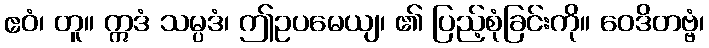
ဧဝံ၊ တူ။ ဣဒံ သမ္ပဒံ၊ ဤဥပမေယျ၊ ၏ ပြည့်စုံခြင်းကို။ ဝေဒိတဗ္ဗံ၊